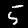
Label: 5